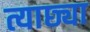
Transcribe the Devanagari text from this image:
त्याछ्या